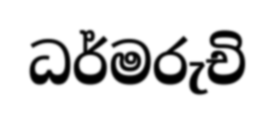
ධර්මරුචි